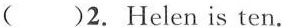
( )2.Helen is ten.